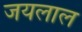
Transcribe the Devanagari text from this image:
जयलाल